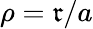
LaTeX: \rho=\mathfrak{r}/a